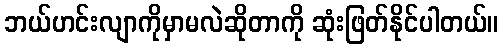
ဘယ်ဟင်းလျာကိုမှာမလဲဆိုတာကို ဆုံးဖြတ်နိုင်ပါတယ်။